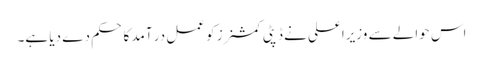
اس حوالے سے وزیراعلی نے ڈپٹی کمشنرز کو عمل در آمد کا حکم دے دیا ہے۔